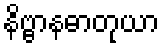
နိဗ္ဗာနဓာတုယာ